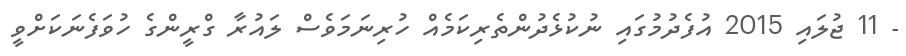
- 11 ޖުލައި 2015 އުފެދުމުގައި ނުކުޅެދުންތެރިކަމެއް ހުރިނަމަވެސް ލައުރާ ގްރީންގެ ހުވަފެނަކަށްވީ